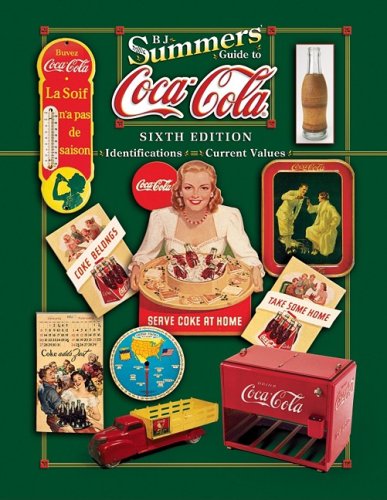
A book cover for B J Summer's Guide to Coca-Cola (B. J. Summers' Guide to Coca-Cola: Identifications, Current Values, Circa Dates); B J Summers; Crafts, Hobbies & Home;